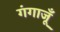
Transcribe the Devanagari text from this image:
गंगाजूँ